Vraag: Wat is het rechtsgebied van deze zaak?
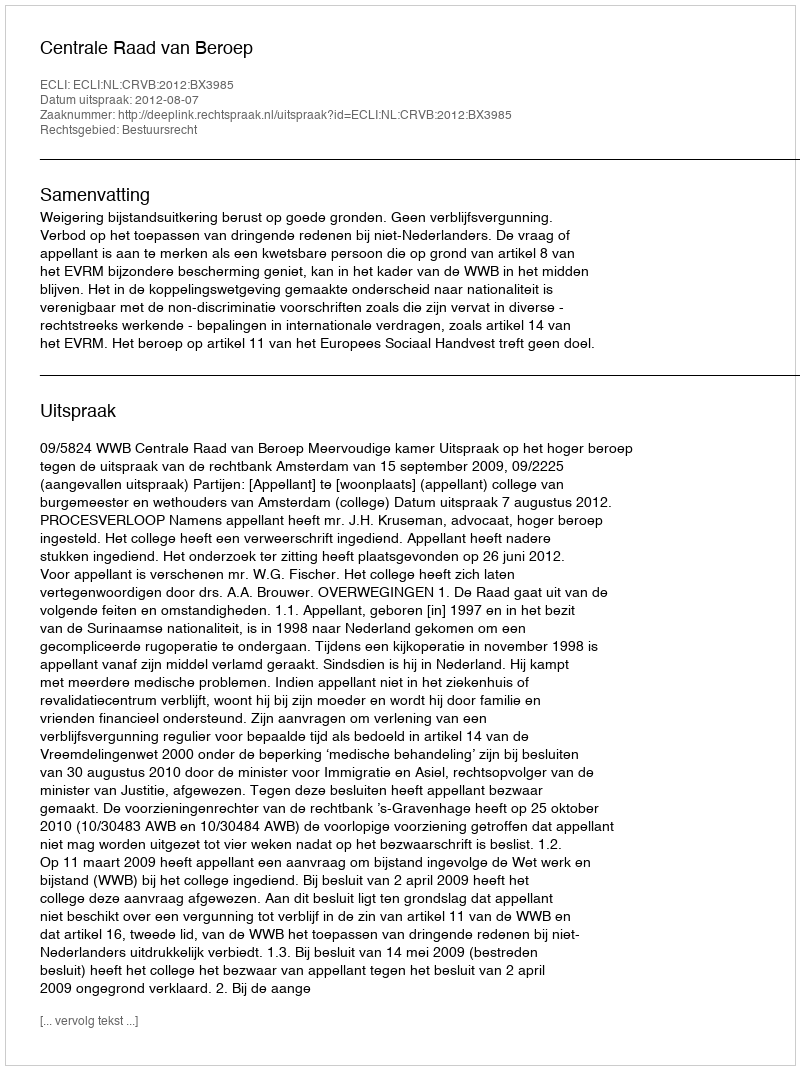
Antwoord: Bestuursrecht